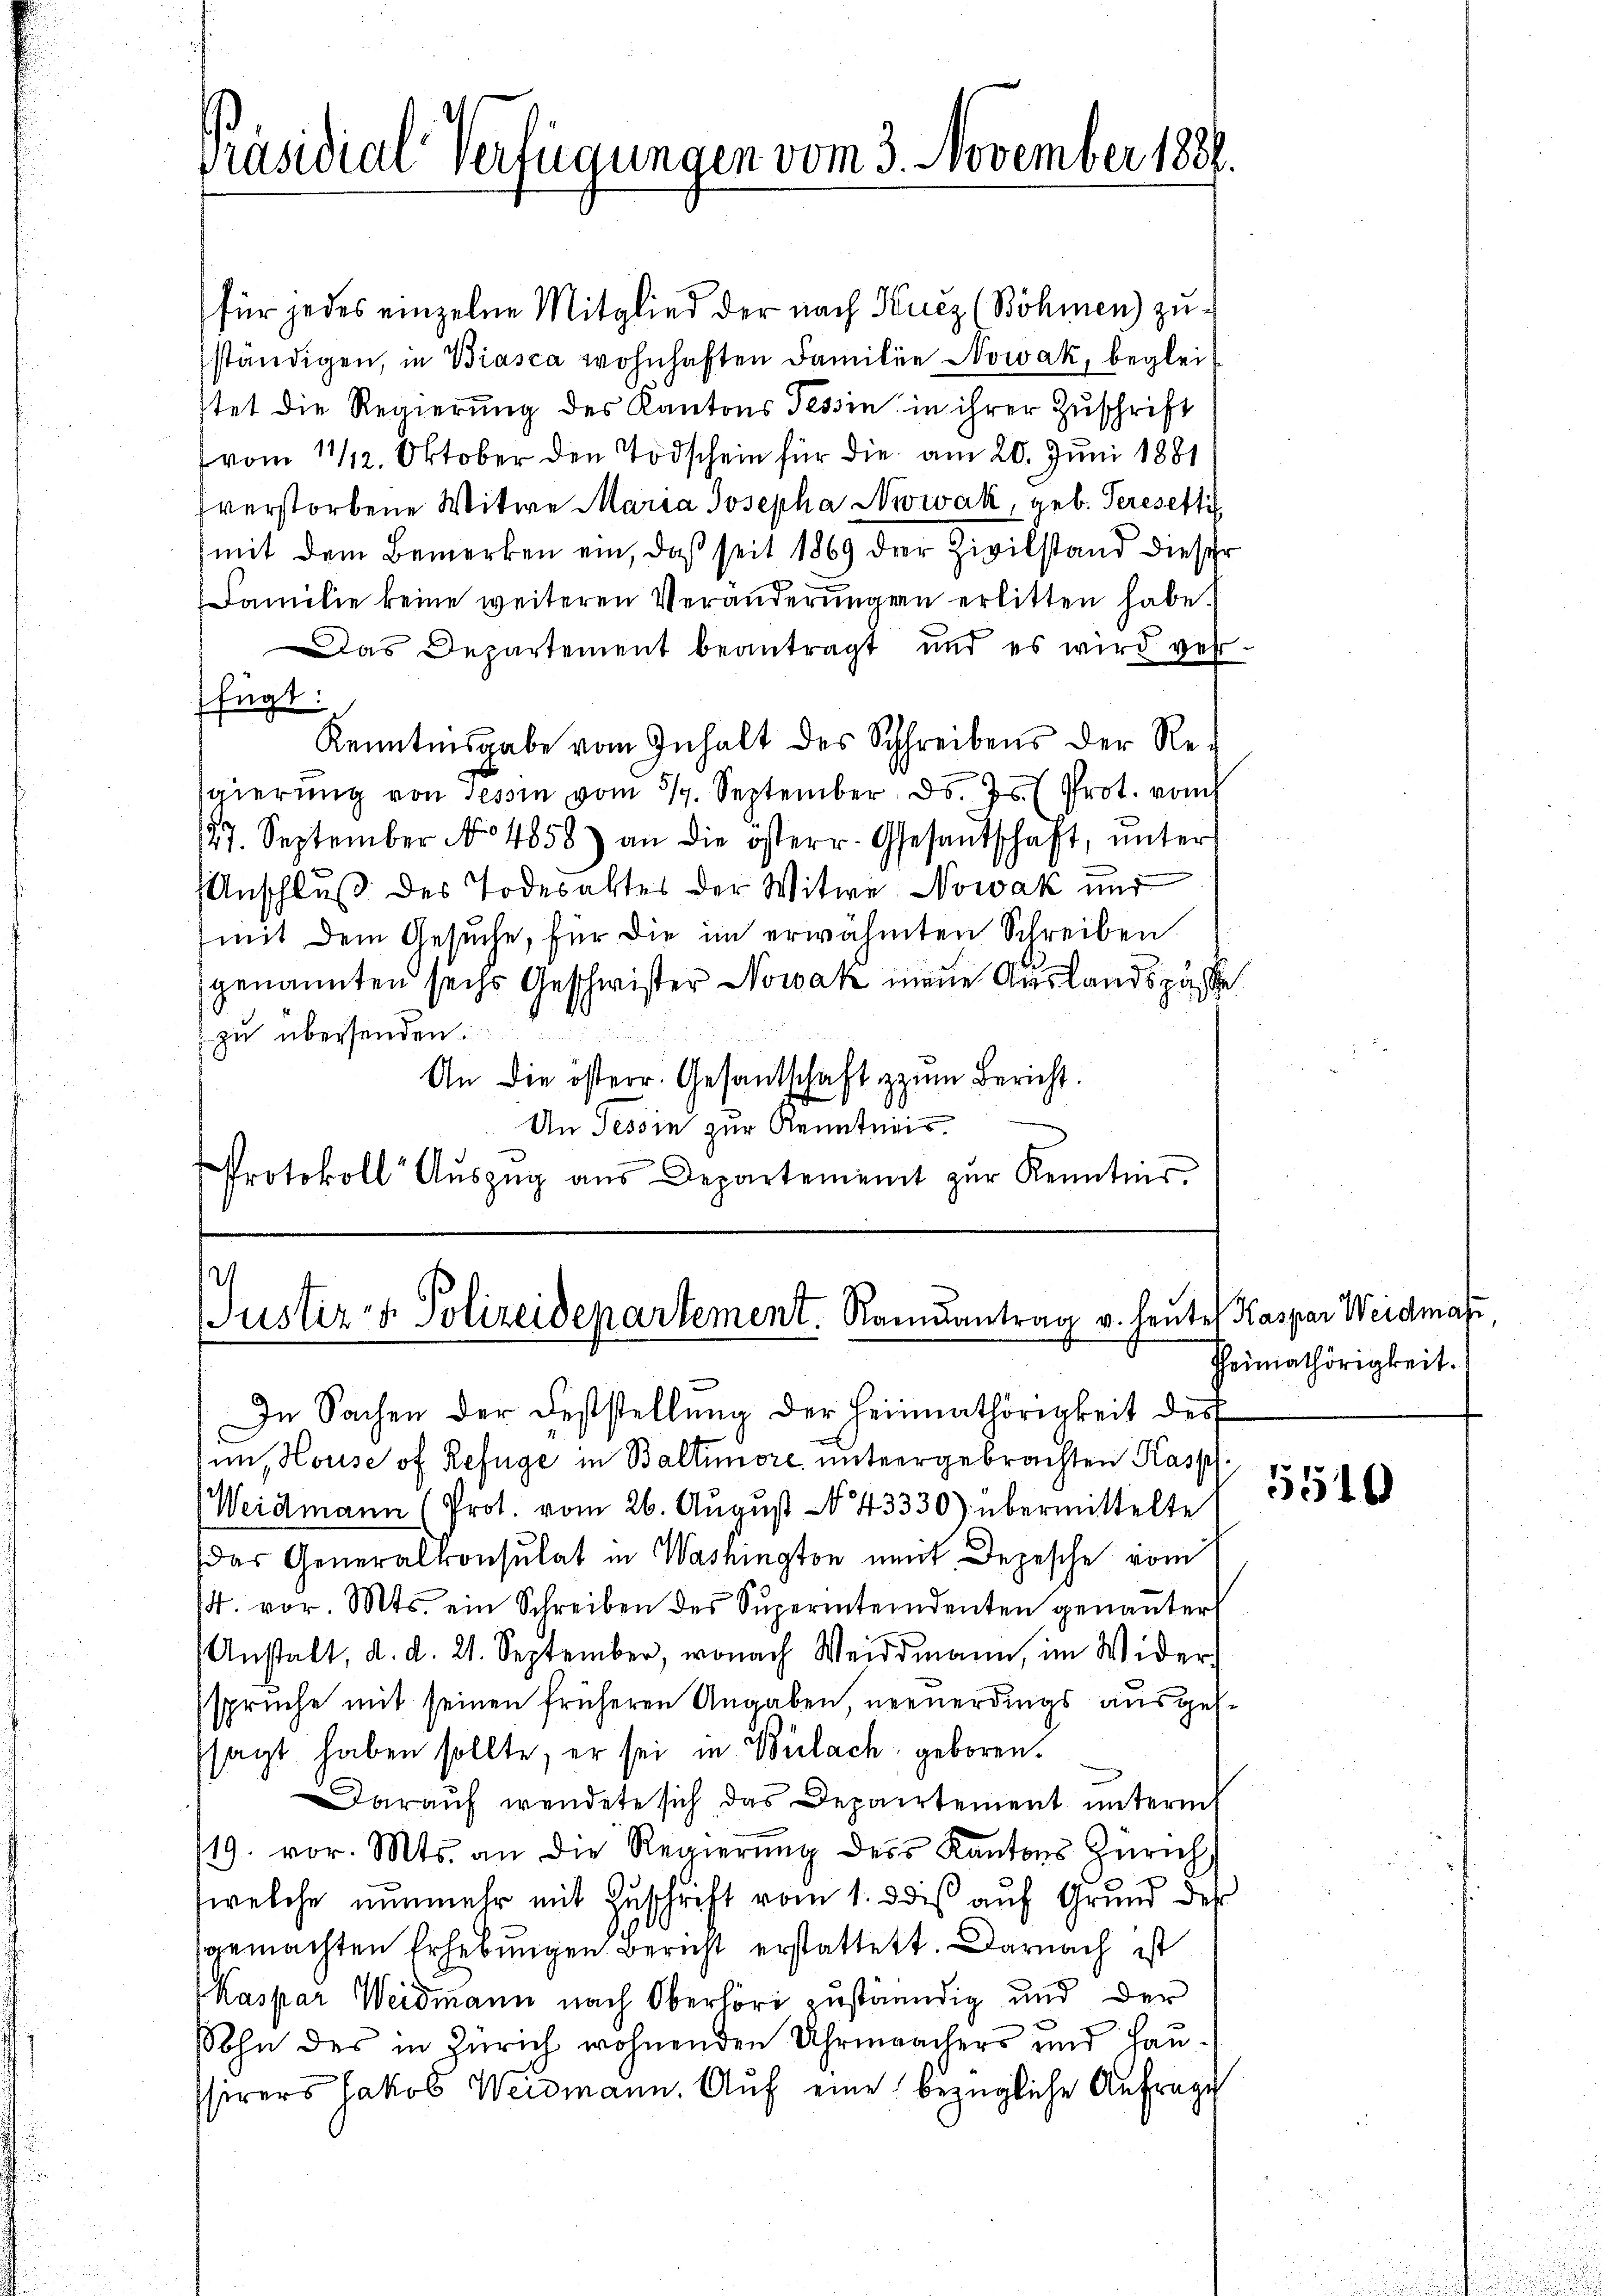
Präsidial-Verfügungen vom 3. November 1888

für jedes einzelne Mitglied der nach Kucz (Böhmen) zuständigen, in Biasca wohnhaften Familie Nowak, begleistet die Regierung des Kantons Tessin in ihrer Zuschrift
vom 11/12. Oktober den Todschein für die am 20. Juni 1881
verstorbene Witwe Maria Josepha Nowak, geb. Peresenti
mit dem Bemerken ein, daß seit 1869 der Zivilstand dieser
Familie keine weiteren Veränderŭngen erlitten habe.
Das Departement beantragt, und es wird ver-
fügt:
Kenntnisgabe vom Inhalt des Schreibens der Regierung von Tessin vom 319. September d. Js. Prot. von
127. September No 4858) an die österr. Gesantschaft, ŭnter
Anschluß des Todesaltes der Witwe Nowak und
(mit dem Gesŭche, für die im erwähnten Schreiben
genannten sechs Geschwister Nowak neue Auslandspässe
 zu übersenden.
An die österr. Gesandschaft zum Bericht.
An Tessin zur Kenntnis.
d
Protokoll Aŭszŭg aŭs Departement zŭr Kenntnis.

Justiz- & Polizeidepartement. Romantrag v. heute Kaspar Weidmahl,

In Sachen der Feststellung der Heimathörigkeit des
im, House of Refüge in Baltimore untergebrachten Kasp.
Weidmann (Prot. vom 26. Aŭgŭst No 43330) übermittelte
das Generalkonsulat in Washington neut. Depesche vom
4. vor. Mts. ein Schreiben des Superinterndenten genaṅter
Anstalt, d. d. 21. September, wonach Weidmann, im Wider-
sprüche mit seinen früheren Angaben neuerdings ausgessagt haben sollte, er sei in Bülach geboren.
Darauf wendete sich das Departement unterm
19. vor. Mts. an die Regierŭng des Kantons Zürich
welche nunmehr mit Zuschrift vom 1. dis auf Grund der
gemachten Erhebungen Bericht erstattet. Darnach ist
Kaspar Weidmann nach Oberlöri zuständig und der
sohn des in Zürich wohnenden Uhrmachers und Haussirers Jakob Weidmann. Auf eine bezügliche Anfrage

Heimathörigkeit.

5510